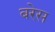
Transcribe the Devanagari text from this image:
बरेस